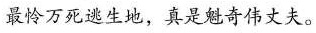
扶。最怜万死逃生地，真是魁奇伟丈夫。